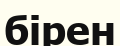
бірен